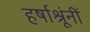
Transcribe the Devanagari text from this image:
हर्षाश्रूंनीं